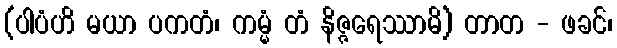
(ပါပံဟိ မယာ ပကတံ၊ ကမ္မံ တံ နိဇ္ဇရေဿာမိ) တာတ - ဖခင်၊